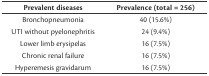
<table><thead><tr><td><b>Prevalent diseases</b></td><td><b>Prevalence (total = 256)</b></td></tr></thead><tbody><tr><td>Bronchopneumonia</td><td>40 (15.6%)</td></tr><tr><td>UTI without pyelonephritis</td><td>24 (9.4%)</td></tr><tr><td>Lower limb erysipelas</td><td>16 (7.5%)</td></tr><tr><td>Chronic renal failure</td><td>16 (7.5%)</td></tr><tr><td>Hyperemesis gravidarum</td><td>16 (7.5%)</td></tr></tbody></table>